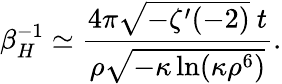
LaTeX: \beta_{H}^{-1}\simeq\frac{4\pi\sqrt{-\zeta^{\prime}(-2)}\ t}{\rho\sqrt{-\kappa\ln(\kappa\rho^{6})}}.